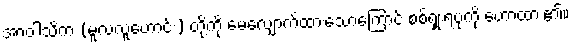
အာဝါသိက (မူလလူဟောင်း) တို့ကို မေ့လျှောက့်ထားသောကြောင့် စစ်ရှုံးရပုံကို ဟောထား၏။